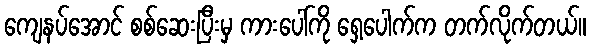
ကျေနပ်အောင် စစ်ဆေးပြီးမှ ကားပေါ်ကို ရှေ့ပေါက်က တက်လိုက်တယ်။